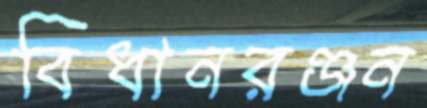
বিধানরঞ্জন